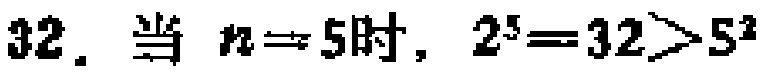
32. 当 \(n = 5\)时，\(2^{5}=32>5^{2}\)